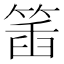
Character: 𥯥